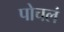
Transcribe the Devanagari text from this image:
पोचलं